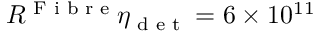
R ^ { \textrm { F i b r e } } \eta _ { \textrm { d e t } } = 6 \times 1 0 ^ { 1 1 }